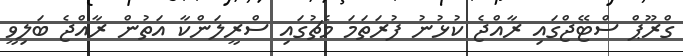
ގްރޫޕް ސްޓޭޖްގައި ރާއްޖެ ކުޅުނު ފުރަތަމަ މެޗުގައި ސްރީލަންކާ އަތުން ރާއްޖެ ބަލިވީ